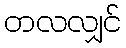
တလလျှင်